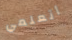
أتعلمي